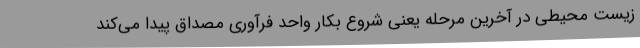
زیست محیطی در آخرین مرحله یعنی شروع بکار واحد فرآوری مصداق پیدا می‌کند